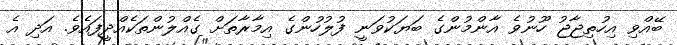
ބޭއްވި އިހުތިޖާޖު ހޫނުވެ އާންމުންގެ ބަޔަކުވަނީ ފުލުހުންގެ އިމާރާތަށް ގެއްލުންތަކެއްދީފައެވެ. އަދި އެ